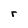
Character: r